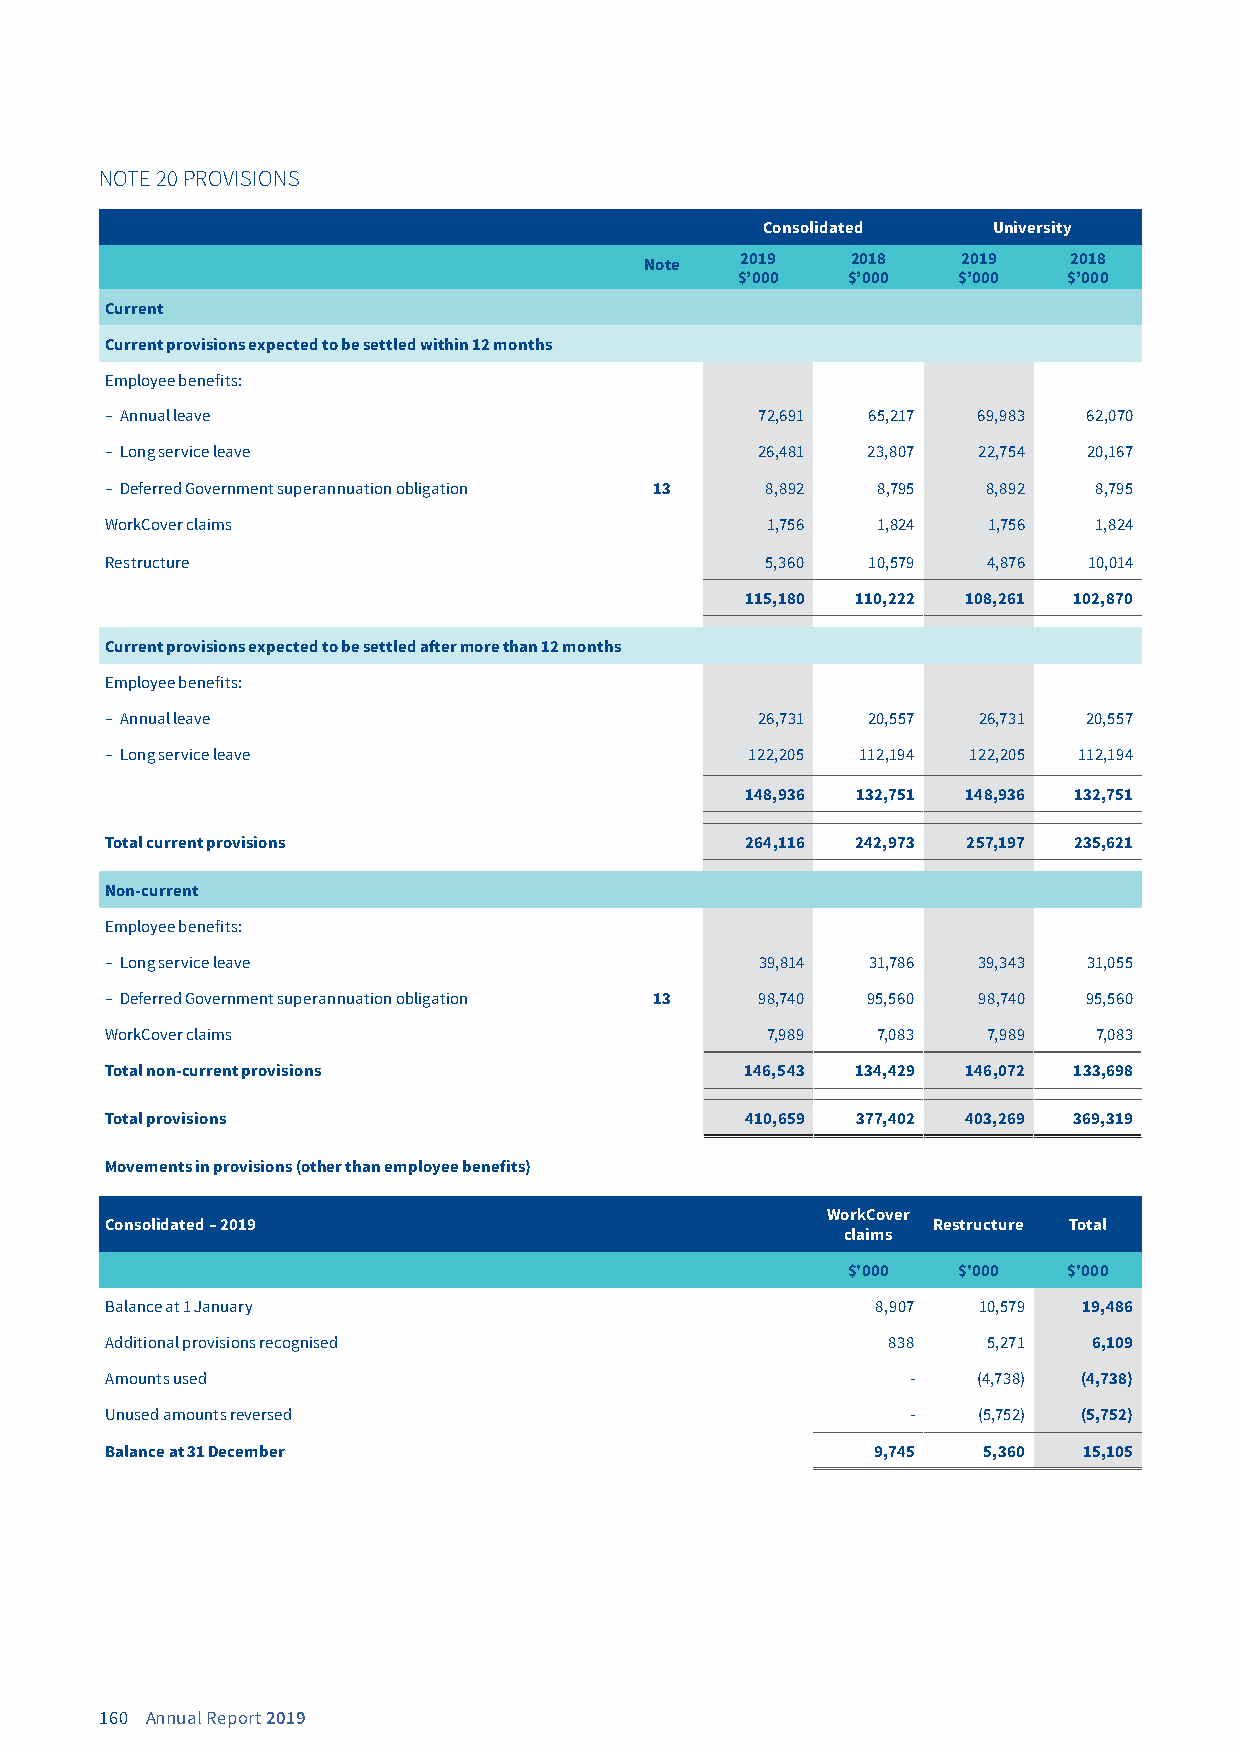
NOTE 20 PROVISIONS
 Consolidated   University
 Note  2019   2018    2019   2018
 $’000  $’000  $’000   $’000
 Current
 Current provisions expected to be settled within 12 months
 Employee benefits:
 – Annual leave                             72,691 65,217  69,983 62,070
 – Long service leave                       26,481 23,807  22,754 20,167
 – Deferred Government superannuation obligation 13 8,892 8,795 8,892 8,795
 WorkCover claims                            1,756  1,824  1,756  1,824
 Restructure                                 5,360 10,579  4,876  10,014
 115,180 110,222 108,261 102,870
 Current provisions expected to be settled after more than 12 months
 Employee benefits:
 – Annual leave                             26,731 20,557  26,731 20,557
 – Long service leave                       122,205 112,194 122,205 112,194
 148,936 132,751 148,936 132,751
 Total current provisions                  264,116 242,973 257,197 235,621
 Non-current
 Employee benefits:
 – Long service leave                       39,814  31,786 39,343 31,055
 – Deferred Government superannuation obligation 13 98,740 95,560 98,740 95,560
 WorkCover claims                            7,989  7,083  7,989  7,083
 Total non-current provisions              146,543 134,429 146,072 133,698
 Total provisions                          410,659 377,402 403,269 369,319
 Movements in provisions (other than employee benefits)
 WorkCover
 Consolidated – 2019                                    Restructure Total
 claims
 $'000  $'000   $'000
 Balance at 1 January                               8,907  10,579 19,486
 Additional provisions recognised                    838   5,271  6,109
 Amounts used                                         -    (4,738) (4,738)
 Unused amounts reversed                              -    (5,752) (5,752)
 Balance at 31 December                             9,745  5,360  15,105
 160 Annual Report 2019